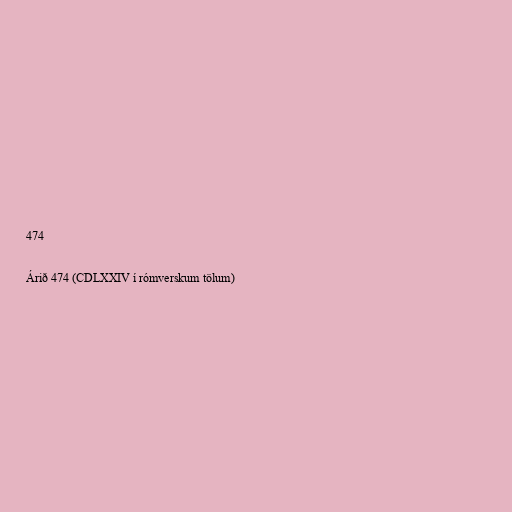
474

Árið 474 (CDLXXIV í rómverskum tölum)